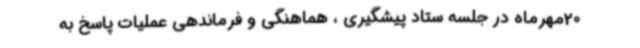
20مهرماه در جلسه ستاد پیشگیری ، هماهنگی و فرماندهی عملیات پاسخ به